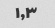
۱,۳